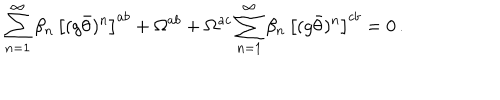
LaTeX: \sum _ { n = 1 } ^ { \infty } \beta _ { n } \, \left[ ( g \bar { \theta } ) ^ { n } \right] ^ { a b } + \Omega ^ { a b } + \Omega ^ { a c } \sum _ { n = 1 } ^ { \infty } \beta _ { n } \, \left[ ( g \bar { \theta } ) ^ { n } \right] ^ { c b } = 0 \, .